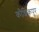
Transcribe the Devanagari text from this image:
कौशिकपुर